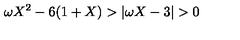
\omega X ^ { 2 } - 6 ( 1 + X ) > | \omega X - 3 | > 0